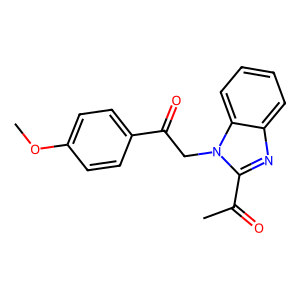
SMILES: COc1ccc(C(=O)Cn2c(C(C)=O)nc3ccccc32)cc1
Inhibits HIV replication: No